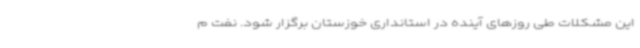
این مشکلات طی روزهای آینده در استانداری خوزستان برگزار شود. نفت م